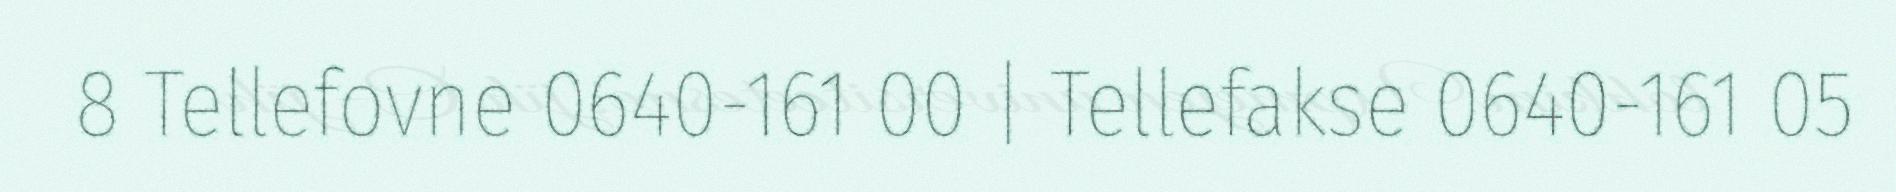
8 Tellefovne 0640-161 00 | Tellefakse 0640-161 05